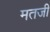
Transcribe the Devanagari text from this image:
मतजी